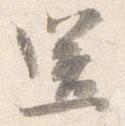
送